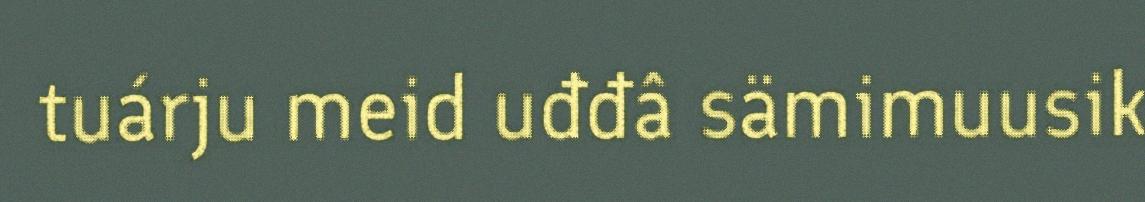
tuárju meid uđđâ sämimuusik